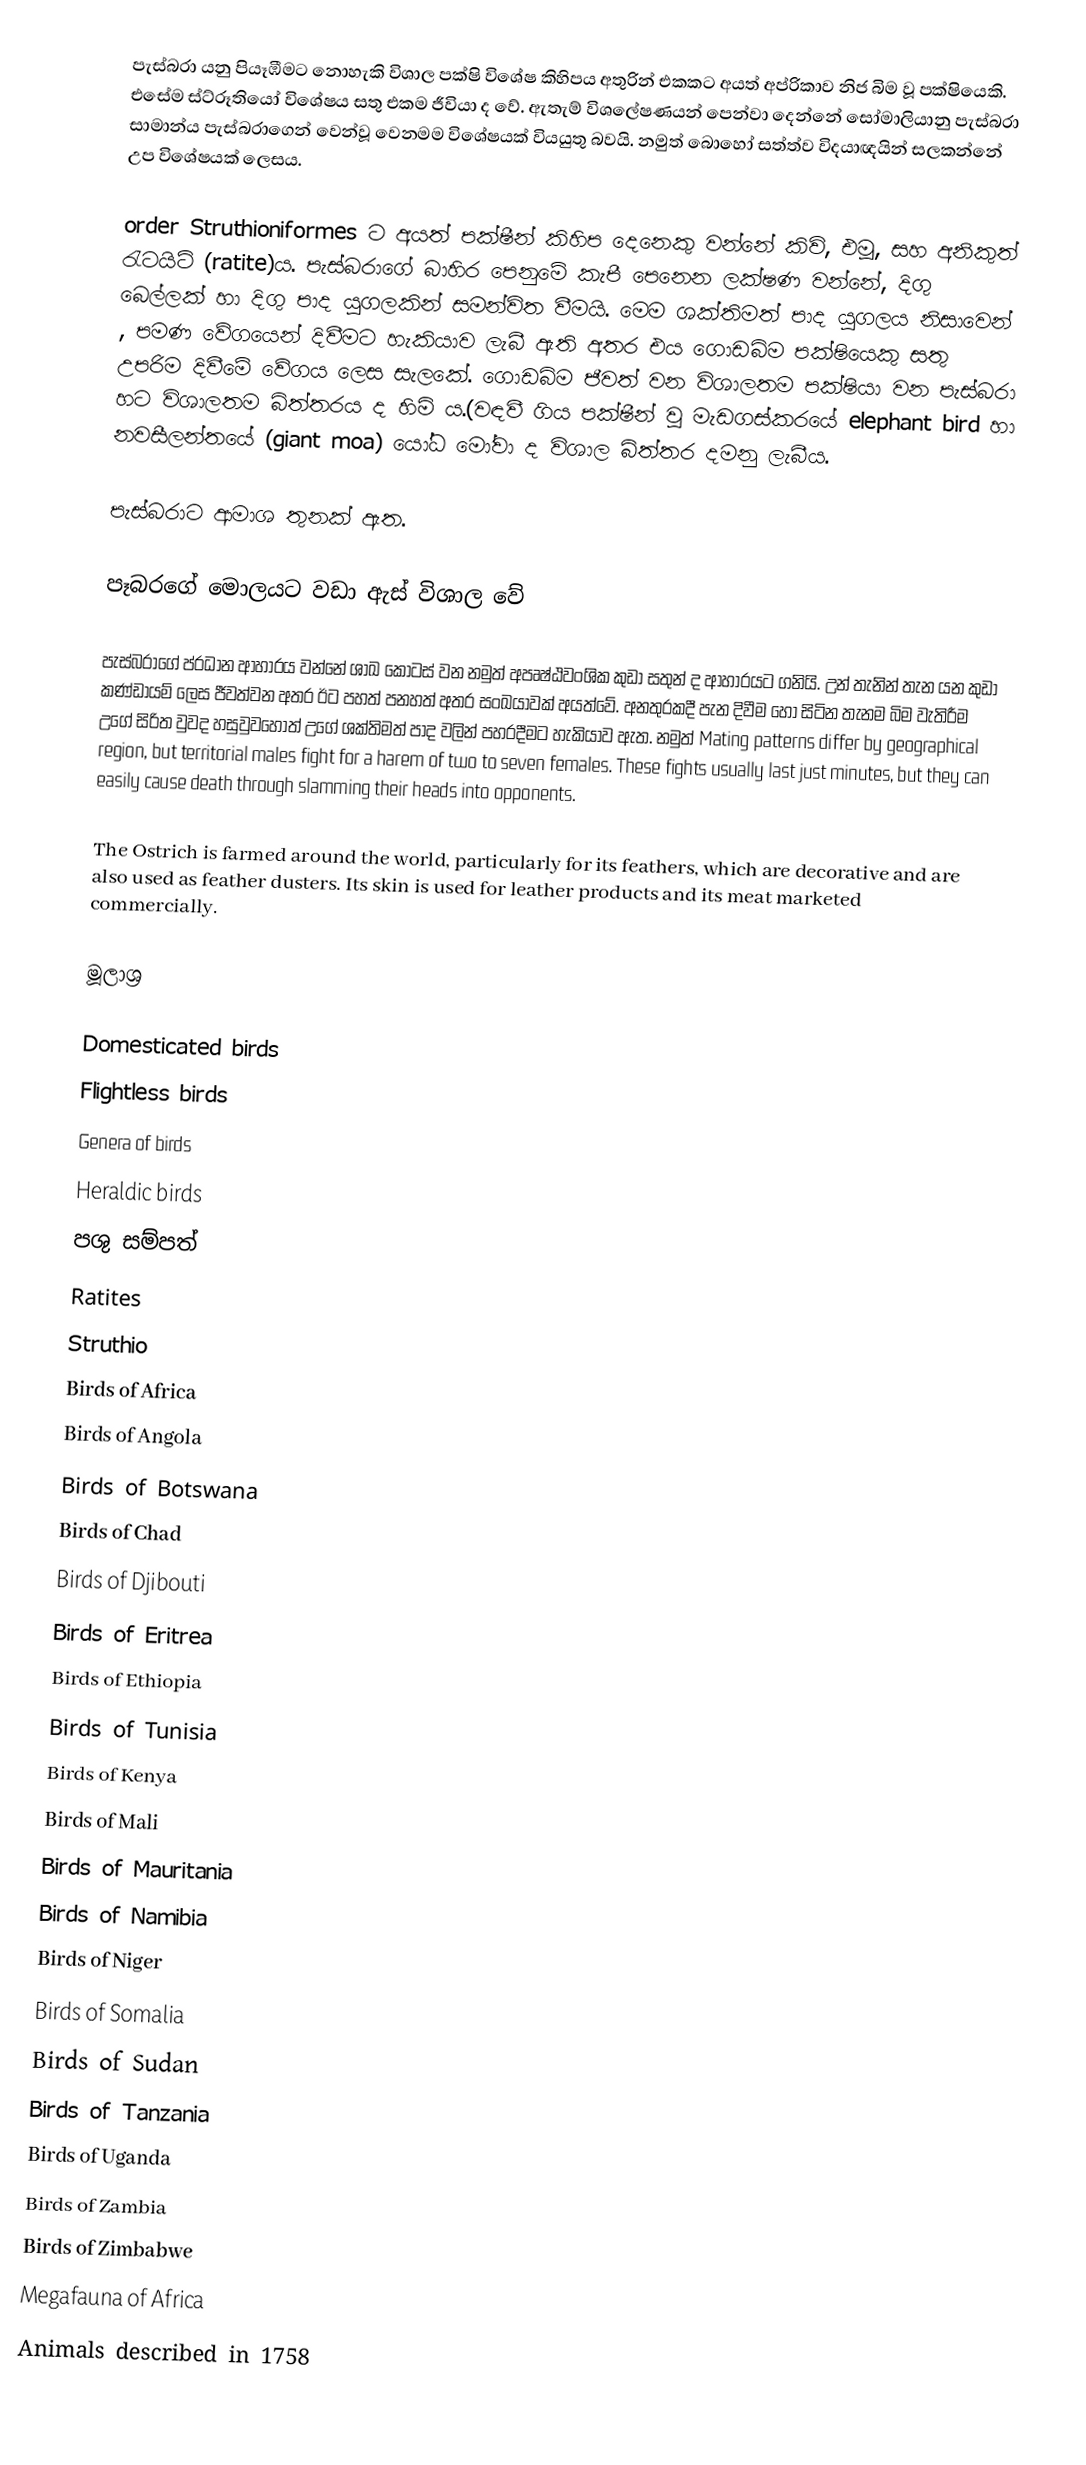
පැස්බරා යනු පියෑඹීමට නොහැකි විශාල පක්ෂි විශේෂ කිහිපය අතුරින් එකකට අයත් අප්රිකාව නිජ බිම වූ පක්ෂියෙකි. එසේම ස්ට්රූතියෝ  විශේෂය සතු එකම ජීවියා ද වේ. ඇතැම් විශලේෂණයන් පෙන්වා දෙන්නේ සෝමාලියානු පැස්බරා සාමාන්ය පැස්බරාගෙන් වෙන්වූ වෙනමම විශේෂයක් වියයුතු බවයි. නමුත් බොහෝ සත්ත්ව විදයාඥයින් සලකන්නේ උප විශේෂයක් ලෙසය.

order Struthioniformes ට අයත් පක්ෂීන් කිහිප දෙනෙකු වන්නේ කිවි, එමූ, සහ අනිකුත් රැටයිට් (ratite)ය. පැස්බරාගේ බාහිර පෙනුමේ කැපී පෙනෙන ලක්ෂණ වන්නේ, දිගු බෙල්ලක් හා දිගු පාද යුගලකින් සමන්විත වීමයි. මෙම ශක්තිමත් පාද යුගලය නිසාවෙන් , පමණ වේගයෙන් දිවීමට හැකියාව ලැබී ඇති අතර එය ගොඩබිම පක්ෂියෙකු සතු උපරිම දිවීමේ වේගය ලෙස සැලකේ.  ගොඩබිම ජීවත් වන විශාලතම පක්ෂියා වන පැස්බරා හට විශාලතම බිත්තරය ද හිමි ය.(වඳවී ගිය පක්ෂීන් වූ මැඩගස්කරයේ elephant bird හා නවසීලන්තයේ (giant moa) යෝධ මෝවා ද විශාල බිත්තර දමනු ලැබීය.

පැස්බරාට ආමාශ තුනක් ඇත.

පෑබරගේ මොලයට වඩා ඇස් විශාල වේ

පැස්බරාගේ ප්රධාන ආහාරය වන්නේ ශාඛ කොටස් වන නමුත් අපෘෂ්ඨවංශික කුඩා සතුන් ද ආහාරයට ගනියි. උන් තැනින් තැන යන කුඩා කණ්ඩායම් ලෙස ජීවත්වන අතර ඊට පහත් පනහත් අතර සංඛයාවක් අයත්වේ. අනතුරකදී පැන දිවීම හෝ සිටින තැනම බිම වැතිරීම උගේ සිරිත වුවද හසුවුවහොත් උගේ ශක්තිමත් පාද වලින් පහරදීමට හැකියාව ඇත. නමුත් Mating patterns differ by geographical region, but territorial males fight for a harem of two to seven females.  These fights usually last just minutes, but they can easily cause death through slamming their heads into opponents.

The Ostrich is farmed around the world, particularly for its feathers, which are decorative and are also used as feather dusters. Its skin is used for leather products  and its meat marketed commercially.

මූලාශ්‍ර

Domesticated birds
Flightless birds
Genera of birds
Heraldic birds
පශු සම්පත්
Ratites
Struthio
Birds of Africa
Birds of Angola
Birds of Botswana
Birds of Chad
Birds of Djibouti
Birds of Eritrea
Birds of Ethiopia
Birds of Tunisia
Birds of Kenya
Birds of Mali
Birds of Mauritania
Birds of Namibia
Birds of Niger
Birds of Somalia
Birds of Sudan
Birds of Tanzania
Birds of Uganda
Birds of Zambia
Birds of Zimbabwe
Megafauna of Africa
Animals described in 1758